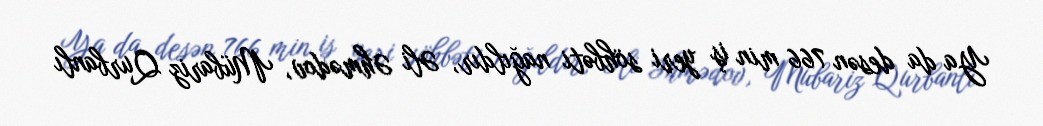
Ya da desən 766 min iş yeri söhbəti nağıldır, Əli Əhmədov, Mübariz Qurbanlı